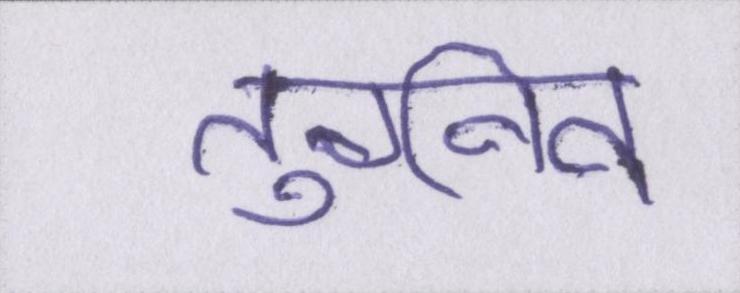
तुर्गनेव